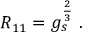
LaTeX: R _ { 1 1 } = g _ { s } ^ { \frac { 2 } { 3 } } \ .